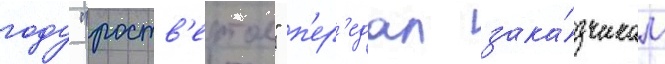
году "роств'ертол" п'ер'едал зака́зчикам